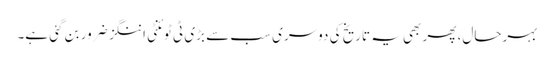
بہرحال، پھر بھی یہ تاریخ کی دوسری سب سے بڑی ٹی ٹوئنٹی اننگز ضرور بن گئی ہے۔